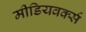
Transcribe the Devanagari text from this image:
मीडियवर्क्स